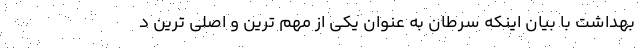
بهداشت با بیان اینکه سرطان به عنوان یکی از مهم ترین و اصلی ترین د